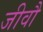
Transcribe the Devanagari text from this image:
जीवौ